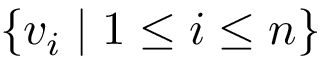
\{ v _ { i } \mid 1 \leq i \leq n \}